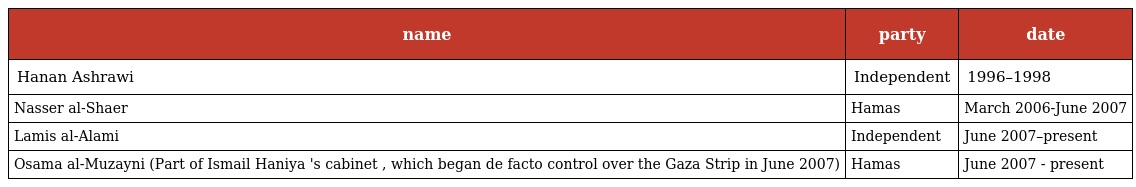
| name | party | date |
 | --- | --- | --- |
 | Hanan Ashrawi | Independent | 1996–1998 |
 | Nasser al-Shaer | Hamas | March 2006-June 2007 |
 | Lamis al-Alami | Independent | June 2007–present |
 | Osama al-Muzayni (Part of Ismail Haniya 's cabinet , which began de facto control over the Gaza Strip in June 2007) | Hamas | June 2007 - present |